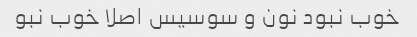
خوب نبود نون و سوسیس اصلا خوب نبو